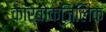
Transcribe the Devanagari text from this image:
कार्बोक्ज़िलिक